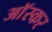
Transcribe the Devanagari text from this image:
आॅस्कर